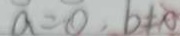
a = 0 , b \neq 0